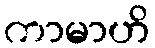
ကာမာဟိ